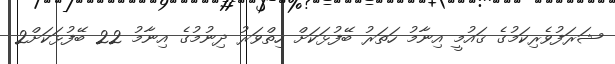
ޝަރަފުވެރިކަމުގެ ޤައުމީ އިނާމު ހަތަރު ބޭފުޅަކަށް ހިތްވަރު ދިނުމުގެ އިނާމު 22 ބޭފުޅަކަށް2